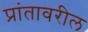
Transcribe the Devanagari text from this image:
प्रांतावरील